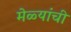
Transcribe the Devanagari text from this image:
मेळ्यांची